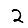
Digit: 2